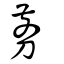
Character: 剪